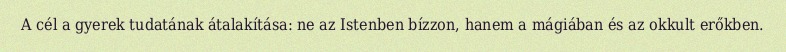
A cél a gyerek tudatának átalakítása: ne az Istenben bízzon, hanem a mágiában és az okkult erőkben.